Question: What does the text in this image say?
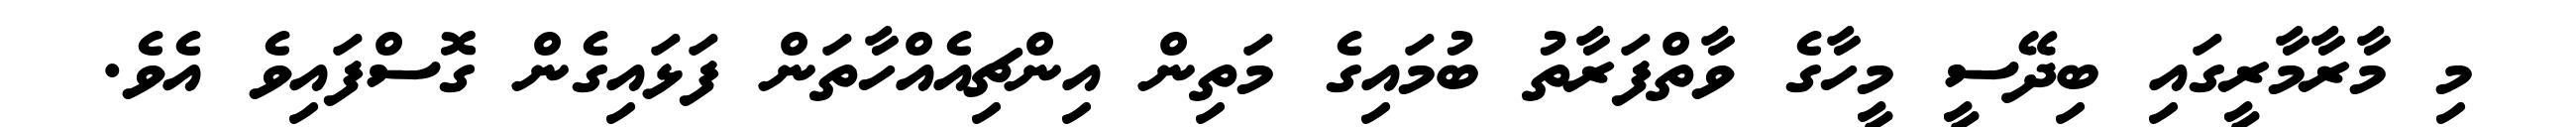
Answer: މި މާރާމާރީގައި ބިދޭސީ މީހާގެ ވާތްފަރާތު ބުމައިގެ މަތިން އިންޗިއެއްހާތަން ފަޅައިގެން ގޮސްފައިވެ އެވެ.